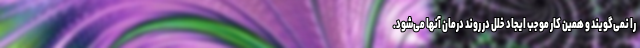
را نمی‌گویند و همین کار موجب ایجاد خلل در روند درمان آنها می‌شود.